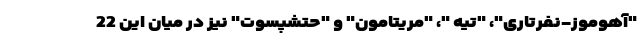
"آهوموز-نفرتاری"، "تیه "، "مریتامون" و "حتشپسوت" نیز در میان این 22